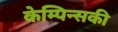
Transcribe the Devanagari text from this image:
केम्पिन्सकी